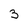
Character: 3